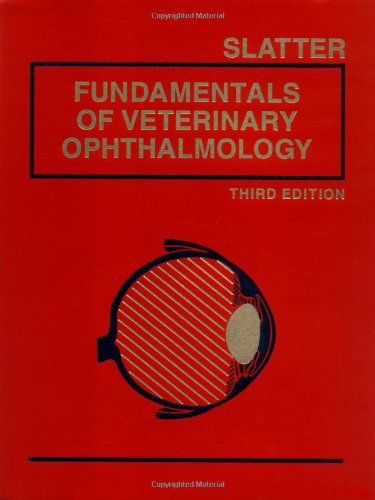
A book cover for Fundamentals of Veterinary Ophthalmology; Douglas Slatter BVSc  PhD  MS  FRCVS; Medical Books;